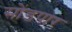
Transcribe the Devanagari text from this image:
सोंडपार